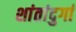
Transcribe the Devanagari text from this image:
शांतांदुर्गा